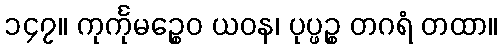
၁၄၇။ ကုင်္ကုမဉ္စေဝ ယဝန၊ ပုပ္ဖဉ္စ တဂရံ တထာ။